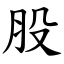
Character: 股